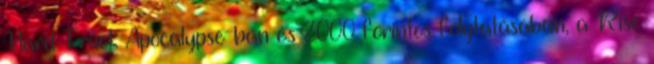
Hard Truck Apocalypse-ban és 2000 forintos folytatásában, a Rise